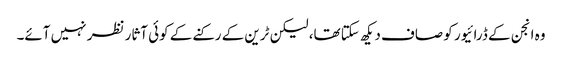
وہ انجن کے ڈرائیور کو صاف دیکھ سکتا تھا، لیکن ٹرین کے رکنے کے کوئی آثار نظر نہیں آئے۔